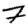
Digit: 7